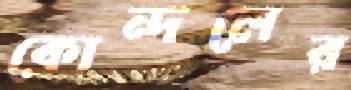
কোন্দলের